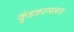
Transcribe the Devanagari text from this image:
कुंडकल्पलता